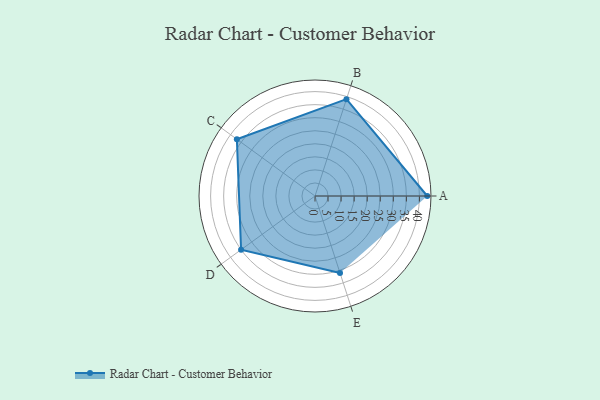
{"axis": {"x": "Skill", "y": "Score"}, "legend": ["Profile"], "data": [{"x": "A", "y": 43.0, "type": "Profile"}, {"x": "B", "y": 39.0, "type": "Profile"}, {"x": "C", "y": 37.0, "type": "Profile"}, {"x": "D", "y": 35.0, "type": "Profile"}, {"x": "E", "y": 31.0, "type": "Profile"}]}